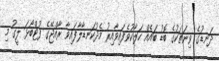
ދަނޑުގެ ވިނަތަކުގެ ބޮޑު ބައެއް ހަލާކުވެފައިވާއިރު މެދުކަނޑާލާފައިވާ ރާއްޖޭގެ ފުޓްބޯޅަ ލީގު މި